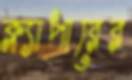
ক্ল্যাপারের